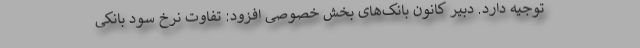
توجیه دارد. دبیر کانون بانک‌های بخش خصوصی افزود: تفاوت نرخ سود بانکی